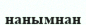
нанымнан